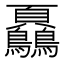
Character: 𩖔